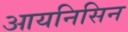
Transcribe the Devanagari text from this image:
आयनिसिन